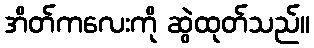
အိတ်ကလေးကို ဆွဲထုတ်သည်။